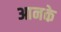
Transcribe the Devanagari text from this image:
आनके